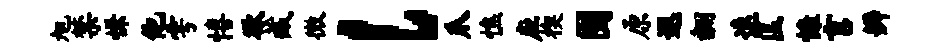
旭禁慊他雩僖欲藏微l爪憔应楔囿原遐翻速匡慷言辨